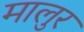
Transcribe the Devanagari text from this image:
मालुर